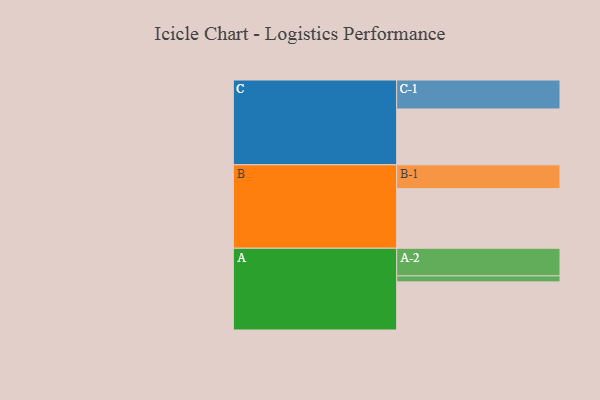
{"axis": {"x": "Segment", "y": "Value"}, "legend": ["", "A", "B", "C"], "data": [{"x": "A", "y": 455, "type": ""}, {"x": "B", "y": 564, "type": ""}, {"x": "C", "y": 528, "type": ""}, {"x": "A-1", "y": 57, "type": "A"}, {"x": "A-2", "y": 261, "type": "A"}, {"x": "B-1", "y": 225, "type": "B"}, {"x": "C-1", "y": 274, "type": "C"}]}